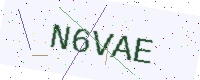
Text: N6VAE